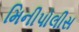
મિનીપોલીસ